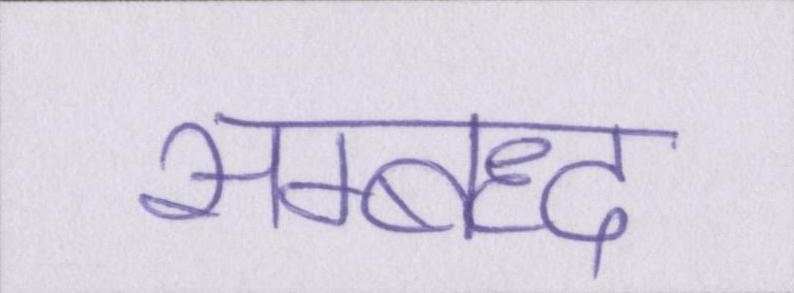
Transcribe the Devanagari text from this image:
सम्बध्द